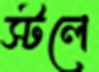
স্টলে